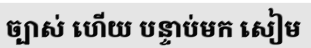
ច្បាស់ ហើយ បន្ទាប់មក សៀម